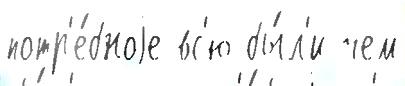
потр'е́бноjе вс'ю бы́л'и чем